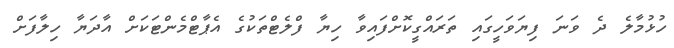
ހުޅުމާލެ ދެ ވަނަ ފިޔަވަހީގައި ތަރައްގީކޮށްފައިވާ ހިޔާ ފްލެޓްތަކުގެ އެޕާޓްމެންޓަކަށް އާދަޔާ ހިލާފަށް